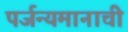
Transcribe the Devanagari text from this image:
पर्जन्यमानाची